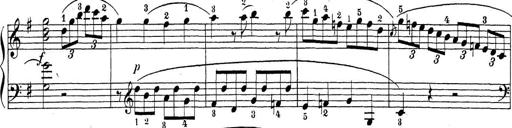
Title: Sonatina Album
Composer: Louis KÃ¶hler